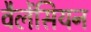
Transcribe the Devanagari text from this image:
वैलेंसियन